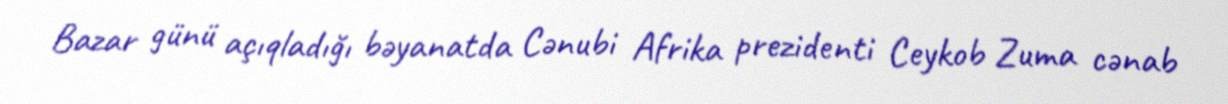
Bazar günü açıqladığı bəyanatda Cənubi Afrika prezidenti Ceykob Zuma cənab